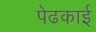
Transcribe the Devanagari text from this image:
पेढकाई